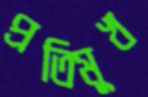
প্রতিমুখ